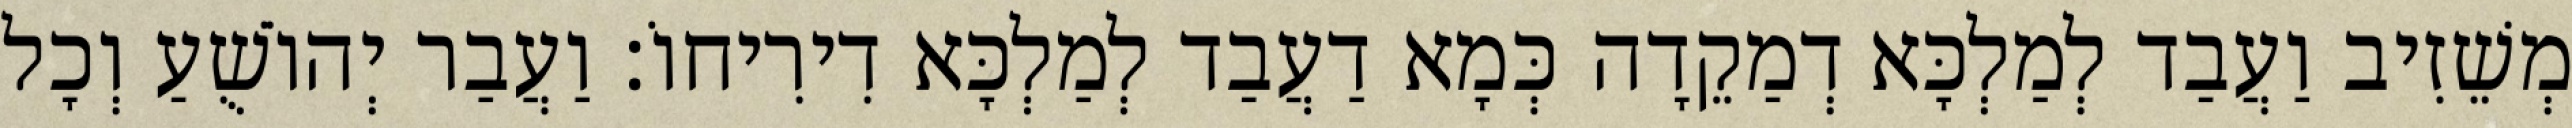
מְשֵׁזִיב וַעֲבַד לְמַלְכָּא דְמַקֵדָה כְּמָא דַעֲבַד לְמַלְכָּא דִירִיחוֹ׃ וַעֲבַר יְהוֹשֻׁעַ וְכָל